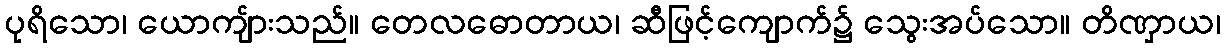
ပုရိသော၊ ယောကျ်ားသည်။ တေလဓောတာယ၊ ဆီဖြင့်ကျောက်၌ သွေးအပ်သော။ တိဏှာယ၊